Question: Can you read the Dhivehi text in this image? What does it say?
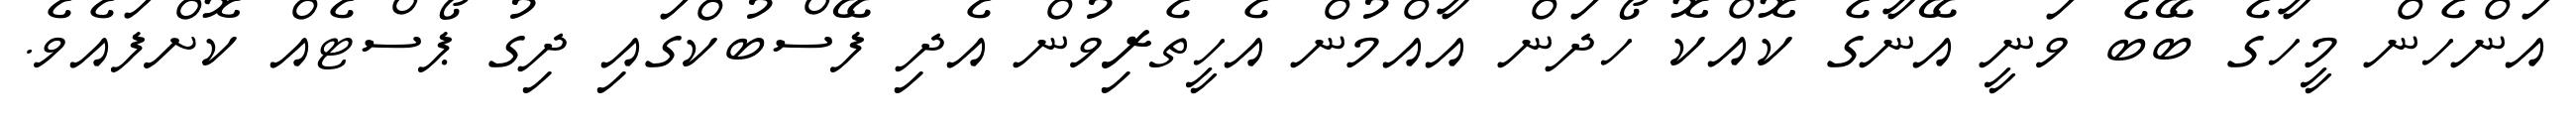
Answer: އަންހެން މީހާގެ ބޭބެ ވަނީ އޭނާގެ ކޮއްކޮ ހޯދަން އާއްމުން އެހީތެރިވުން އެދި ފޭސްބުކްގައި ދިގު ޕޯސްޓެއް ކޮށްފައެވެ.